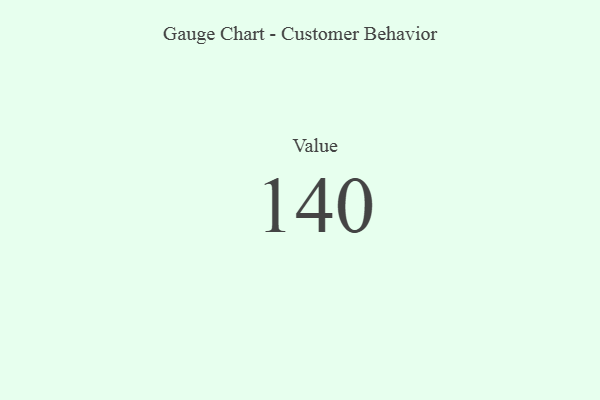
{"axis": {"x": "Metric", "y": "Value"}, "legend": [""], "data": [{"x": "Value", "y": 140, "type": ""}]}